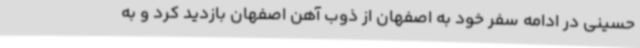
حسینی در ادامه سفر خود به اصفهان از ذوب آهن اصفهان بازدید کرد و به